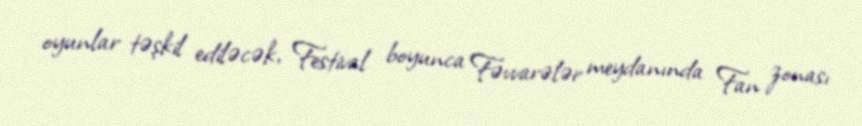
oyunlar təşkil ediləcək, Festival boyunca Fəvvarələr meydanında Fan zonası